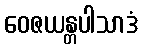
ဝေဇယန္တပါသာဒံ